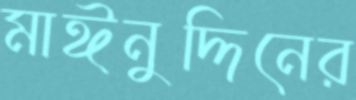
মাঈনুদ্দিনের